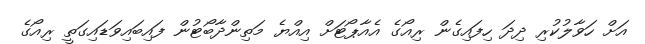
އަށް ހަވާލުކުރި ދިދަ ހިފައިގެން ރިއޯގެ އެއާޕޯޓަށް އިއްޔެ މަތިންދާބޯޓުން ފައިބައިވަޑައިގަތީ ރިއޯގެ